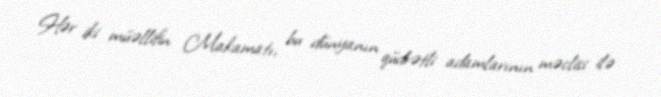
Hər iki müəllifin Makamatı, bu dünyanın qüdrətli adamlarının məclisi ilə